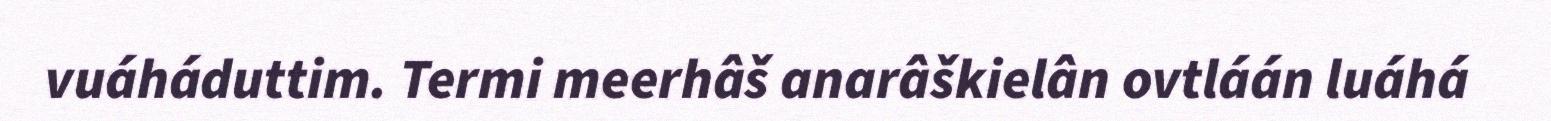
vuáháduttim. Termi meerhâš anarâškielân ovtláán luáhá